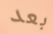
بعد